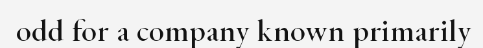
odd for a company known primarily